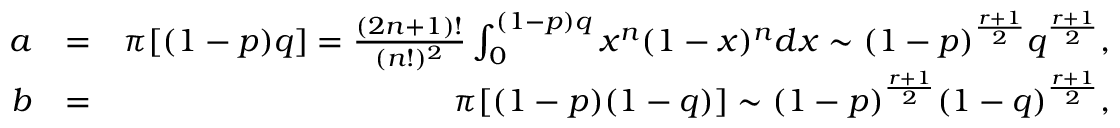
\begin{array} { r l r } { a } & { = } & { \pi [ ( 1 - p ) q ] = \frac { ( 2 n + 1 ) ! } { ( n ! ) ^ { 2 } } \int _ { 0 } ^ { ( 1 - p ) q } x ^ { n } ( 1 - x ) ^ { n } d x \sim ( 1 - p ) ^ { \frac { r + 1 } { 2 } } q ^ { \frac { r + 1 } { 2 } } , } \\ { b } & { = } & { \pi [ ( 1 - p ) ( 1 - q ) ] \sim ( 1 - p ) ^ { \frac { r + 1 } { 2 } } ( 1 - q ) ^ { \frac { r + 1 } { 2 } } , } \end{array}